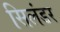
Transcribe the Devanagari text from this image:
सिलंडर